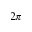
2 \pi